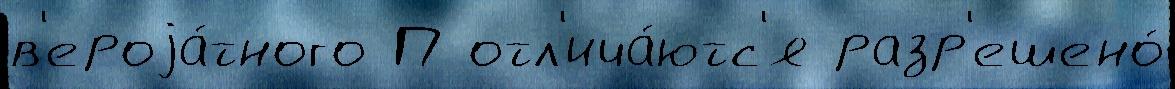
в'ероjа́тного П отл'ича́ютс'я разр'ешено́